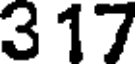
317